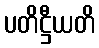
ပတိဋ္ဌီယတိ